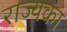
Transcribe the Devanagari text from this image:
राज्यका